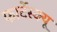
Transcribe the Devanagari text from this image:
फार्टेस्क्यू